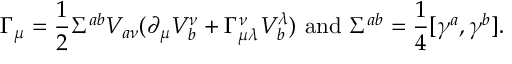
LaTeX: \Gamma _ { \mu } = { \frac { 1 } { 2 } } \Sigma ^ { a b } V _ { a \nu } ( \partial _ { \mu } V _ { b } ^ { \nu } + \Gamma _ { \mu \lambda } ^ { \nu } V _ { b } ^ { \lambda } ) ~ \mathrm { a n d } ~ \Sigma ^ { a b } = { \frac { 1 } { 4 } } [ \gamma ^ { a } , \gamma ^ { b } ] .